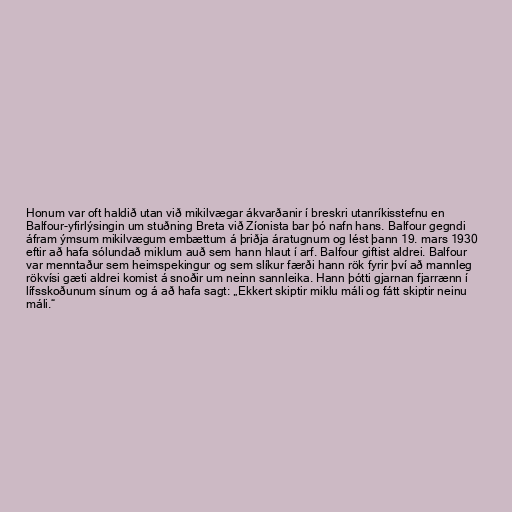
Honum var oft haldið utan við mikilvægar ákvarðanir í breskri utanríkisstefnu en
Balfour-yfirlýsingin um stuðning Breta við Zíonista bar þó nafn hans. Balfour gegndi
áfram ýmsum mikilvægum embættum á þriðja áratugnum og lést þann 19. mars 1930
eftir að hafa sólundað miklum auð sem hann hlaut í arf. Balfour giftist aldrei. Balfour
var menntaður sem heimspekingur og sem slíkur færði hann rök fyrir því að mannleg
rökvísi gæti aldrei komist á snoðir um neinn sannleika. Hann þótti gjarnan fjarrænn í
lífsskoðunum sínum og á að hafa sagt: „Ekkert skiptir miklu máli og fátt skiptir neinu
máli.“